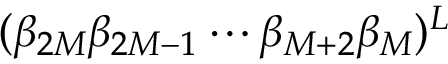
( \beta _ { 2 M } \beta _ { 2 M - 1 } \cdots \beta _ { M + 2 } \beta _ { M } ) ^ { L }